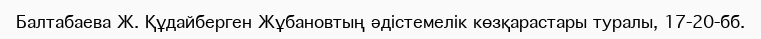
Балтабаева Ж. Құдайберген Жұбановтың әдістемелік көзқарастары туралы, 17-20-бб.